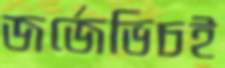
জর্জেভিচই